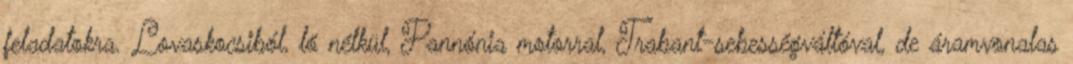
feladatokra. Lovaskocsiból, ló nélkül, Pannónia motorral, Trabant-sebességváltóval, de áramvonalas